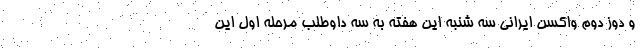
و دوز دوم واکسن ایرانی سه شنبه این هفته به سه داوطلب مرحله اول این